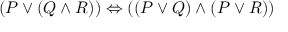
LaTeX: ( P \lor ( Q \land R ) ) \Leftrightarrow ( ( P \lor Q ) \land ( P \lor R ) )